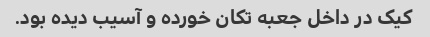
کیک در داخل جعبه تکان خورده و آسیب دیده بود.